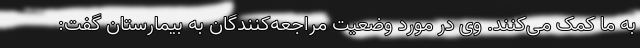
به ما کمک می‌کنند. وی در مورد وضعیت مراجعه‌کنندگان به بیمارستان گفت: